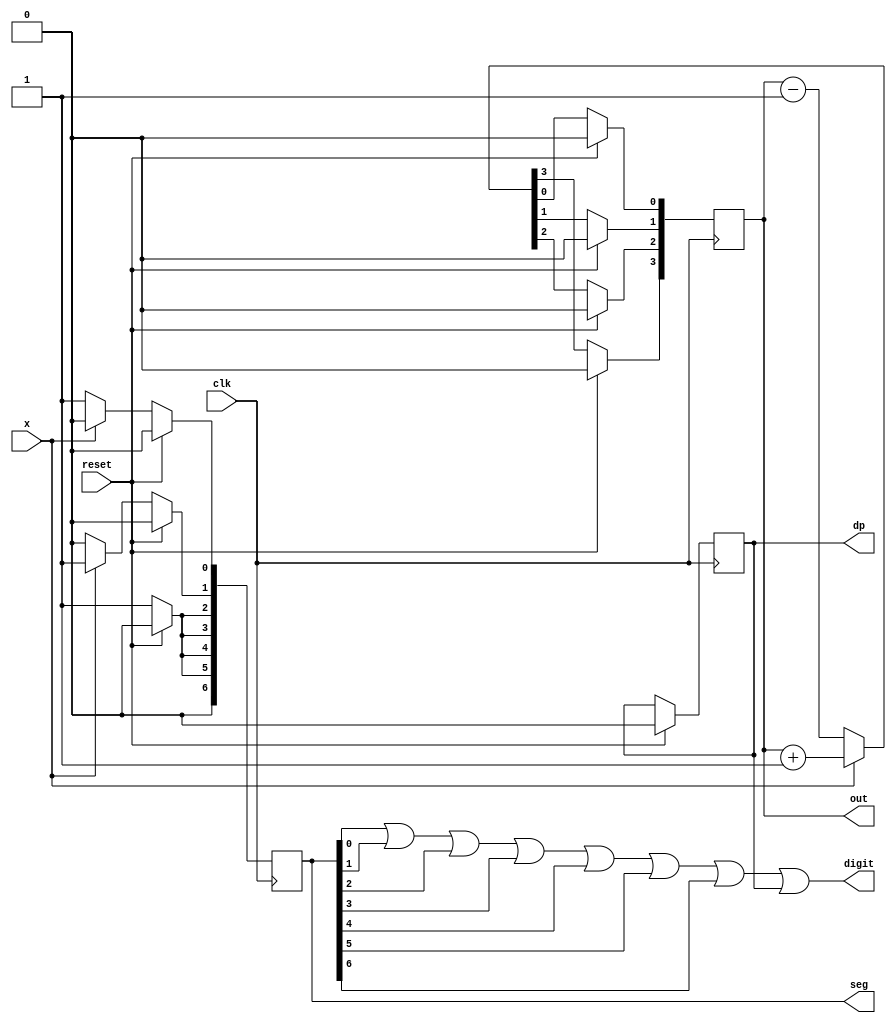
module four_bit_UD_counter(
    input clk,   
    input reset, 
    input x,     
    output digit,         
    output reg [3:0] out, 
    output reg [6:0] seg, 
    output reg dp         
    );
    
assign digit = seg[0] | seg[1] | seg[2] | seg[3] | seg[4] | seg[5] | seg[6] | dp;
    
always @(posedge clk) begin
   if (reset) begin
        out[3] <= 1'b0;
        out[2] <= 1'b0;
        out[1] <= 1'b0;
        out[0] <= 1'b0;
        seg[0]<=1'b0;
        seg[1]<=1'b0;
        seg[2]<=1'b0;
        seg[3]<=1'b0;
        seg[4]<=1'b0;
        seg[5]<=1'b0;
        seg[6]<=1'b0;
        dp <= 0;
   end
   
   
   else begin
        
        // input : 0 
        if (x == 1'b0) begin
            out = out - 1;
            seg[0]<=1'b1;
            seg[1]<=1'b0;
            seg[2]<=1'b1;
            seg[3]<=1'b1;
            seg[4]<=1'b1;
            seg[5]<=1'b1;
            seg[6]<=1'b0;
        end
        
        // input : 1 
        else begin
            out = out + 1;
            seg[0]<=1'b0;
            seg[1]<=1'b1;
            seg[2]<=1'b1;
            seg[3]<=1'b1;
            seg[4]<=1'b1;
            seg[5]<=1'b1;
            seg[6]<=1'b0;
        end
   end
end
endmodule